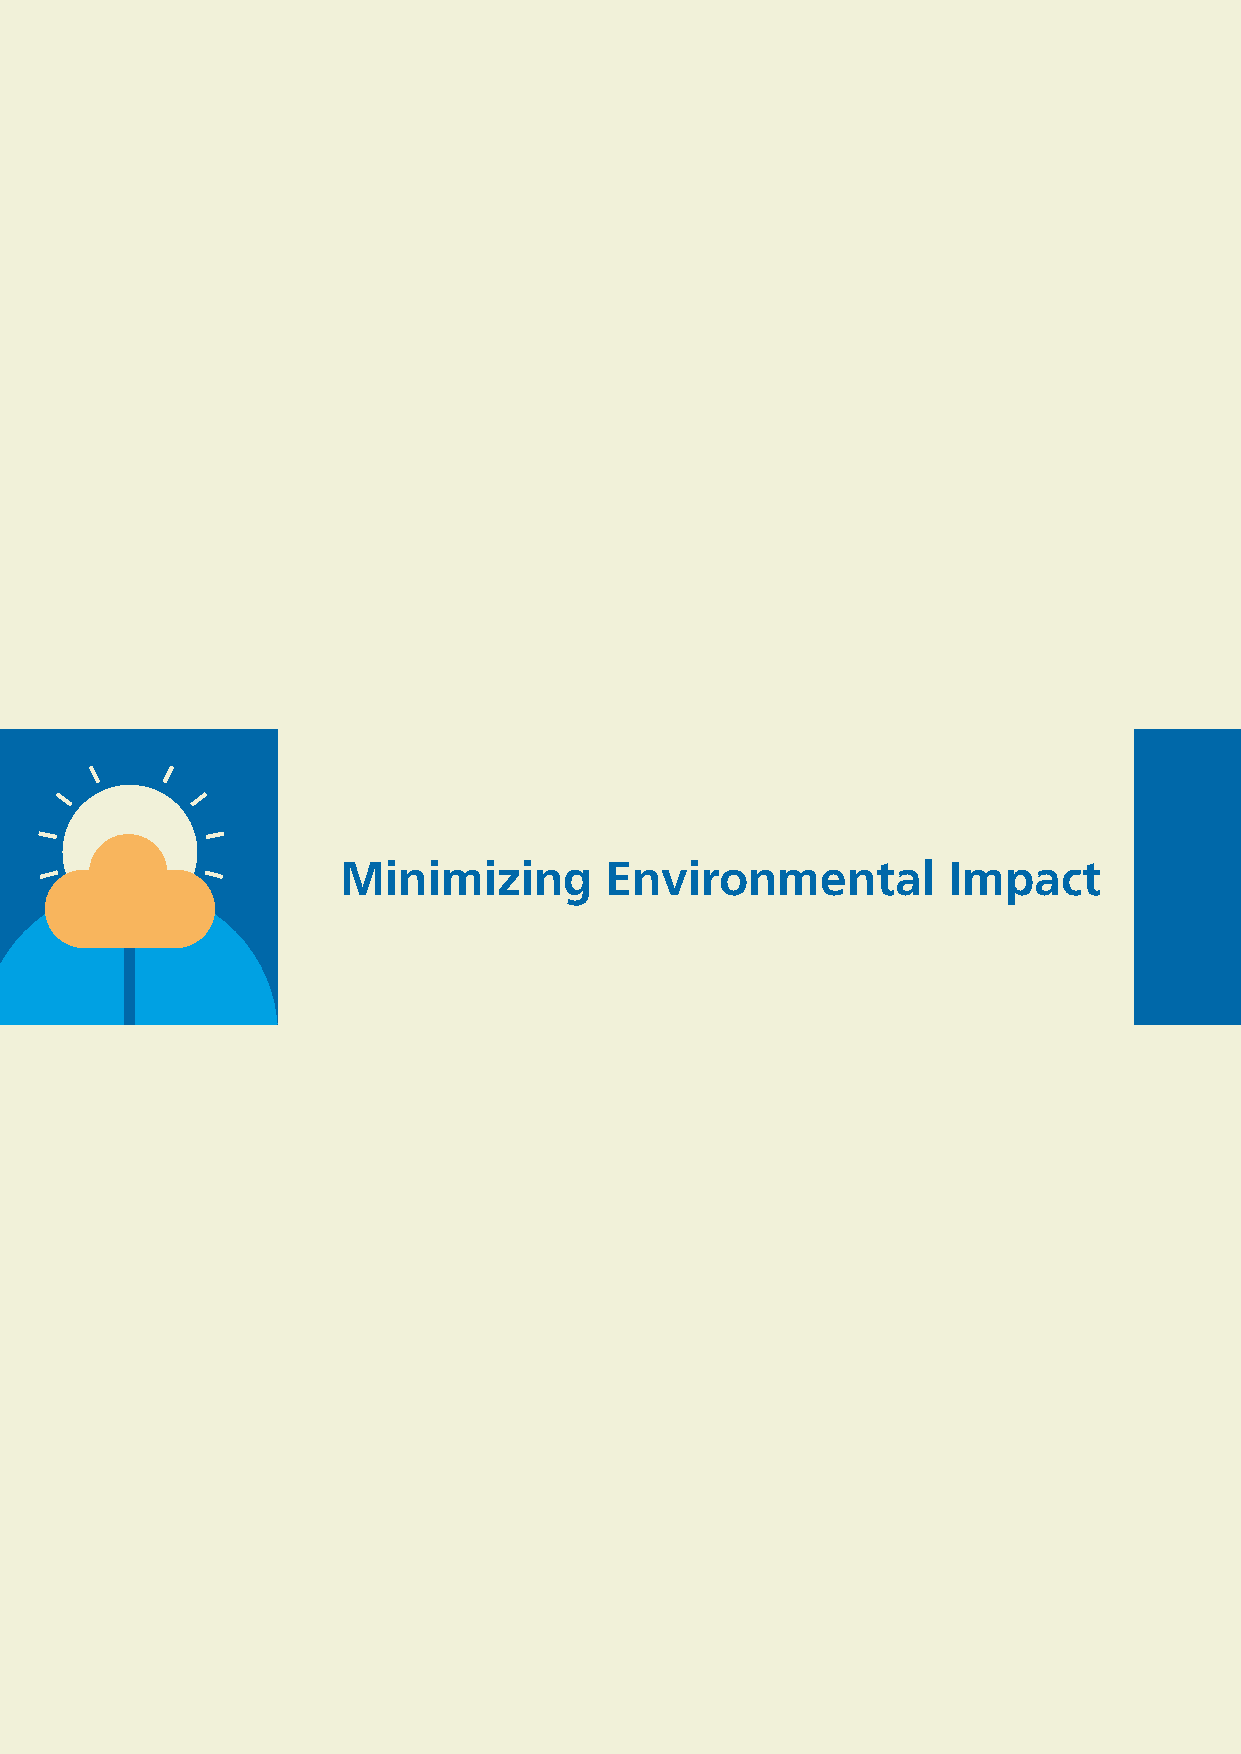
48
 Minimizing Environmental  Impact
 Minimizing        Environmental          Impact